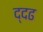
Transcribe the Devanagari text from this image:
द्दढ